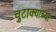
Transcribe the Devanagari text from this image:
चुटाक्यांच्या